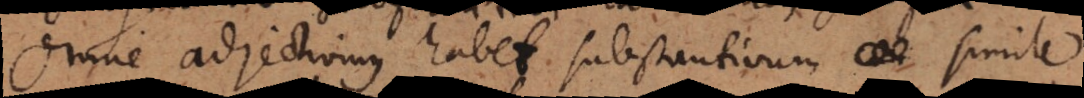
Omne adjectivum habet substantivum simile